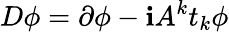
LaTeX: D\phi=\partial\phi-\mathbf{i}A^{k}t_{k}\phi